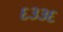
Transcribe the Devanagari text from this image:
६३३६